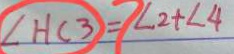
\angle H C 3 = \angle 2 + \angle 4